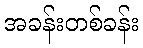
အခန်းတစ်ခန်း